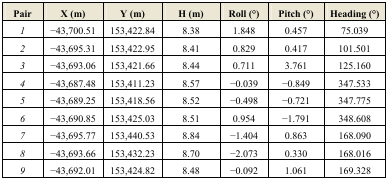
<table><thead><tr><td><b>Pair</b></td><td><b>X (m)</b></td><td><b>Y (m)</b></td><td><b>H (m)</b></td><td><b>Roll (°)</b></td><td><b>Pitch (°)</b></td><td><b>Heading (°)</b></td></tr></thead><tbody><tr><td><i>1</i></td><td>−43,700.51</td><td>153,422.84</td><td>8.38</td><td>1.848</td><td>0.457</td><td>75.039</td></tr><tr><td><i>2</i></td><td>−43,695.31</td><td>153,422.95</td><td>8.41</td><td>0.829</td><td>0.417</td><td>101.501</td></tr><tr><td><i>3</i></td><td>−43,693.06</td><td>153,421.66</td><td>8.44</td><td>0.711</td><td>3.761</td><td>125.160</td></tr><tr><td><i>4</i></td><td>−43,687.48</td><td>153,411.23</td><td>8.57</td><td>−0.039</td><td>−0.849</td><td>347.533</td></tr><tr><td><i>5</i></td><td>−43,689.25</td><td>153,418.56</td><td>8.52</td><td>−0.498</td><td>−0.721</td><td>347.775</td></tr><tr><td><i>6</i></td><td>−43,690.85</td><td>153,425.03</td><td>8.51</td><td>0.954</td><td>−1.791</td><td>348.608</td></tr><tr><td><i>7</i></td><td>−43,695.77</td><td>153,440.53</td><td>8.84</td><td>−1.404</td><td>0.863</td><td>168.090</td></tr><tr><td><i>8</i></td><td>−43,693.66</td><td>153,432.23</td><td>8.70</td><td>−2.073</td><td>0.330</td><td>168.016</td></tr><tr><td><i>9</i></td><td>−43,692.01</td><td>153,424.82</td><td>8.48</td><td>−0.092</td><td>1.061</td><td>169.328</td></tr></tbody></table>